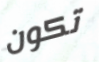
تكون